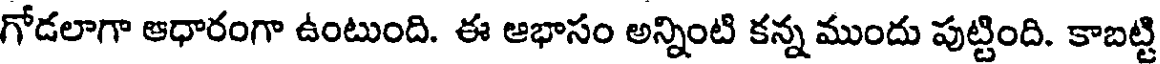
గోడలాగా ఆధారంగా ఉంటుంది. ఈ ఆభాసం అన్నింటి కన్న ముందు పుట్టింది. కాబట్టి